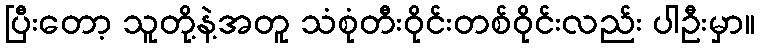
ပြီးတော့ သူတို့နဲ့အတူ သံစုံတီးဝိုင်းတစ်ဝိုင်းလည်း ပါဦးမှာ။